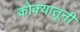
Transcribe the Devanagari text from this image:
कोक्यातूनी